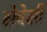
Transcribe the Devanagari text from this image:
सेवेसी